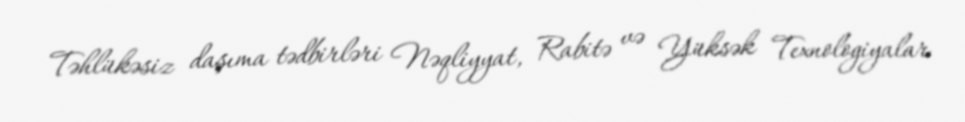
Təhlükəsiz daşıma tədbirləri Nəqliyyat, Rabitə və Yüksək Texnologiyalar